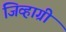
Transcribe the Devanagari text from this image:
जिव्हाग्री